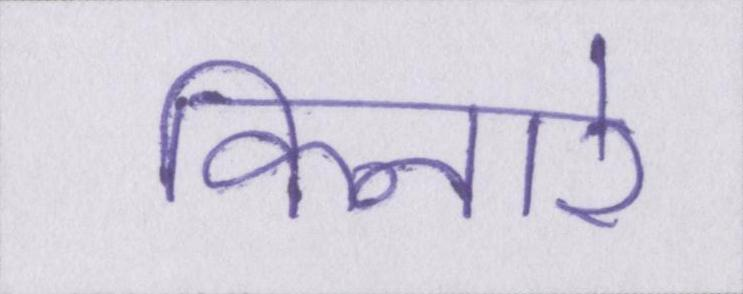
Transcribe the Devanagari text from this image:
किनारे